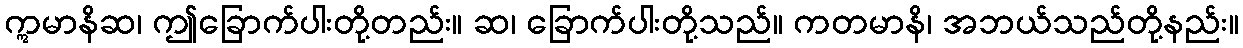
ဣမာနိဆ၊ ဤခြောက်ပါးတို့တည်း။ ဆ၊ ခြောက်ပါးတို့သည်။ ကတမာနိ၊ အဘယ်သည်တို့နည်း။